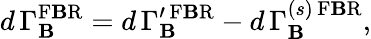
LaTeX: d\, \Gamma_{\mathbf{B}}^{\mathrm{{F\mathbf{B}R}}}=d\, \Gamma_{\mathbf{B}}^{\prime\, \mathrm{{F\mathbf{B}R}}}-d\, \Gamma_{\mathbf{B}}^{(s)\, \mathrm{{F\mathbf{B}R}}},